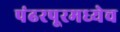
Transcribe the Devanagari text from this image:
पंढरपूरमध्येच